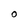
Character: O